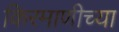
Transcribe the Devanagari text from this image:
किरमाणीच्या